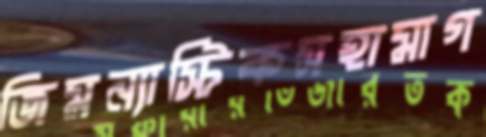
জিমন্যাস্টিকসহামাগ